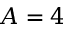
A = 4